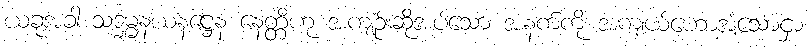
ယခုအခါ သဒ္ဓမ္မနယနဋ္ဌေန နေတ္တိဟု အကျဉ်းဆိုအပ်သော အနက်ကို အကျယ်ဟောအံ့သောငှာ